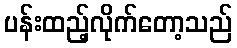
ပန်းထည့်လိုက်တော့သည်